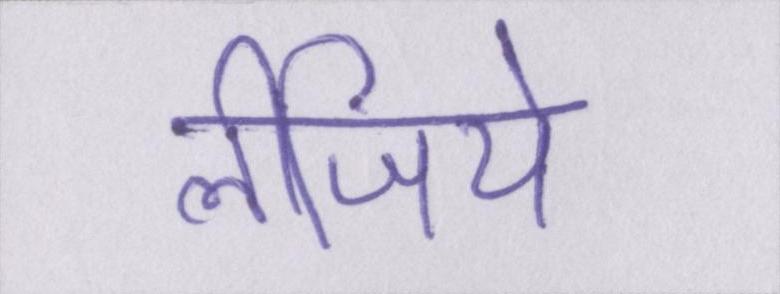
लीजिये